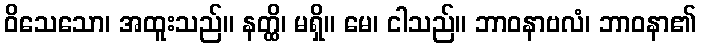
ဝိသေသော၊ အထူးသည်။ နတ္ထိ၊ မရှိ။ မေ၊ ငါသည်။ ဘာဝနာဗလံ၊ ဘာဝနာ၏